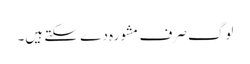
لوگ صرف مشورہ دے سکتے ہیں۔